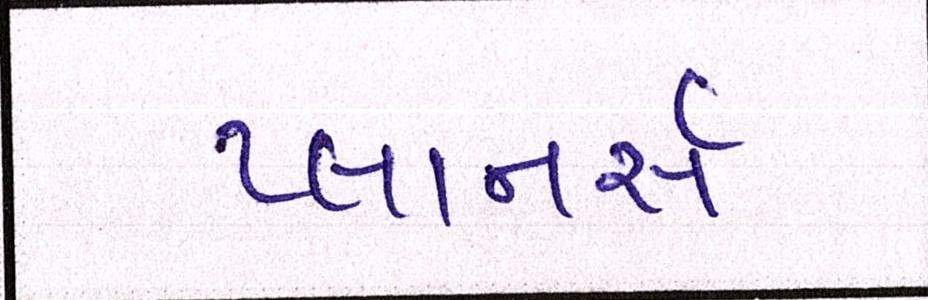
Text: પ્લાનર્સ